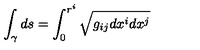
\int _ { \gamma } d s = \int _ { 0 } ^ { r ^ { i } } \sqrt { g _ { i j } d x ^ { i } d x ^ { j } }